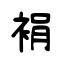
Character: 裐